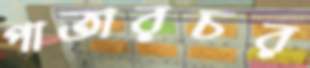
পাতারচর